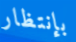
بإنتظار